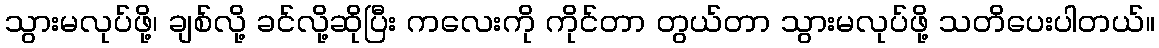
သွားမလုပ်ဖို့၊ ချစ်လို့ ခင်လို့ဆိုပြီး ကလေးကို ကိုင်တာ တွယ်တာ သွားမလုပ်ဖို့ သတိပေးပါတယ်။